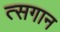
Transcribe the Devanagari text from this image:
त्सगान